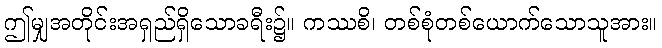
ဤမျှအတိုင်းအရှည်ရှိသောခရီး၌။ ကဿစိ၊ တစ်စုံတစ်ယောက်သောသူအား။